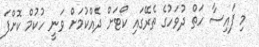
މި ފައިސާ ހަތް ދުވަހުގެ ތެރޭގައި ކޯޓަށް ދެއްކުމަށް ވަނީ ހުކުމް ކޮށްފަ